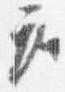
座